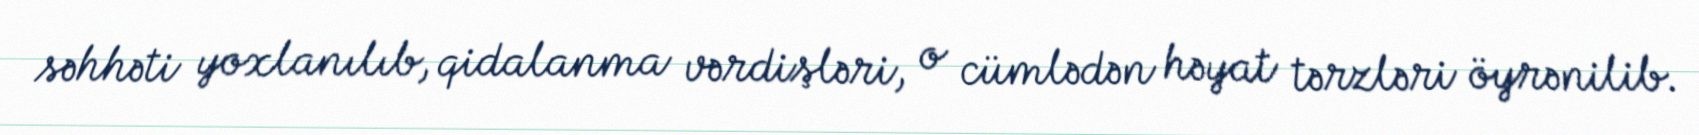
səhhəti yoxlanılıb, qidalanma vərdişləri, o cümlədən həyat tərzləri öyrənilib.